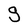
Character: g